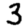
Digit: 3